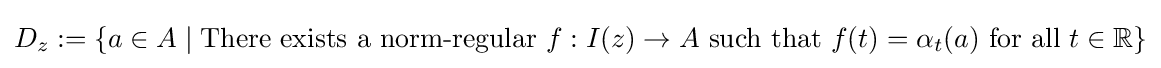
D_{z}:=\{a\in A\mid {\text{There exists a norm-regular}}~f:I(z)\to A~{\text{such that}}~f(t)={\alpha _{t}}(a)~{\text{for all}}~t\in \mathbb {R} \}